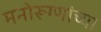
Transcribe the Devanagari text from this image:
मनोरूग्णांच्या